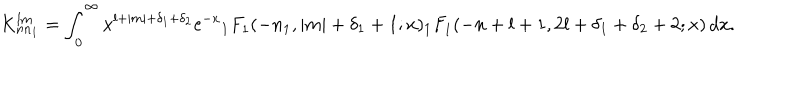
K _ { n n _ { 1 } } ^ { l m } = \int _ { 0 } ^ { \infty } x ^ { l + | m | + \delta _ { 1 } + \delta _ { 2 } } \mathrm { e } ^ { - x } { _ 1 F } _ { 1 } ( - n _ { 1 } , | m | + \delta _ { 1 } + 1 ; x ) { _ 1 F } _ { 1 } ( - n + l + 1 , 2 l + \delta _ { 1 } + \delta _ { 2 } + 2 ; x ) \, d x .